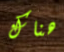
هناك